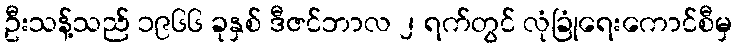
ဦးသန့်သည် ၁၉၆၆ ခုနှစ် ဒီဇင်ဘာလ ၂ ရက်တွင် လုံခြုံရေးကောင်စီမှ